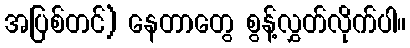
အပြစ်တင်) နေတာတွေ စွန့်လွှတ်လိုက်ပါ။